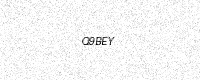
Text: Q9BEY